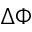
\Delta \Phi